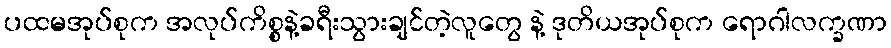
ပထမအုပ်စုက အလုပ်ကိစ္စနဲ့ခရီးသွားချင်တဲ့လူတွေ နဲ့ ဒုတိယအုပ်စုက ရောဂါလက္ခဏာ